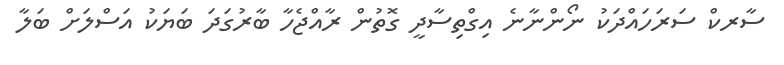
ސާރކް ސަރަހައްދަކު ނޯންނާނެ އިގްތިސާދީ ގޮތުން ރާއްޖެހާ ބާރުގަދަ ބަޔަކު އަސްލަށް ބަލާ